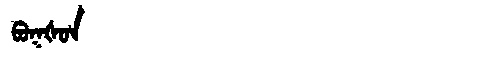
Manchu: ᠪᠣᡴᡧᠣᠨ
Romanization: BOKŠON